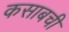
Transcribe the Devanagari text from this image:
कसाबची